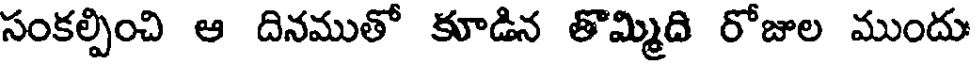
సంకల్పించి ఆ దినముతో కూడిన తొమ్మిది రోజుల ముందు